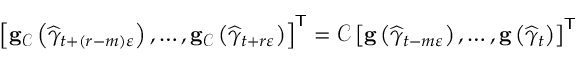
\left[ \mathbf { g } _ { \mathcal { C } } \left( \widehat { \gamma } _ { t + \left( r - m \right) \varepsilon } \right) , \ldots , \mathbf { g } _ { \mathcal { C } } \left( \widehat { \gamma } _ { t + r \varepsilon } \right) \right] ^ { \mathsf { T } } = \mathcal { C } \left[ \mathbf { g } \left( \widehat { \gamma } _ { t - m \varepsilon } \right) , \ldots , \mathbf { g } \left( \widehat { \gamma } _ { t } \right) \right] ^ { \mathsf { T } }